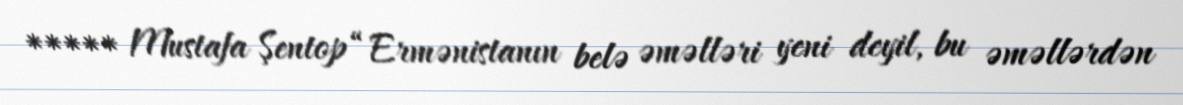
***** Mustafa Şentop “Ermənistanın belə əməlləri yeni deyil, bu əməllərdən